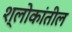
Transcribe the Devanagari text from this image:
श्लोकांतील